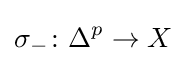
\sigma _{-}\colon \Delta ^{p}\rightarrow X